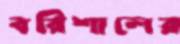
বরিশালের